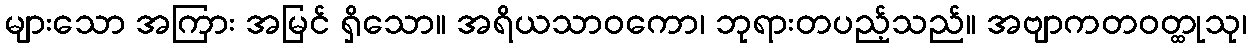
များသော အကြား အမြင် ရှိသော။ အရိယသာဝကော၊ ဘုရားတပည့်သည်။ အဗျာကတဝတ္ထုသု၊